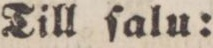
Till ſalu: